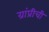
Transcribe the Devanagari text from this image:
ग्रांप्रीची